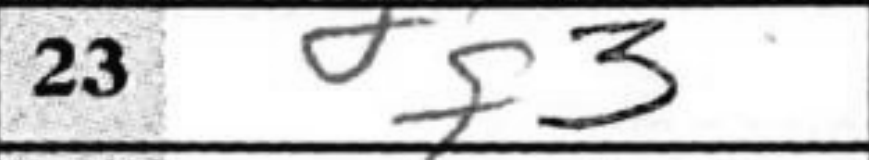
Transcription: f3